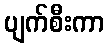
ပျက်စီးကာ